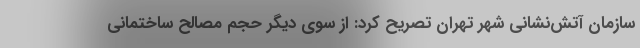
سازمان آتش‌نشانی شهر تهران تصریح کرد: از سوی دیگر حجم مصالح ساختمانی